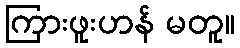
ကြားဖူးဟန် မတူ။